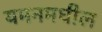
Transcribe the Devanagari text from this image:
यमनमधील